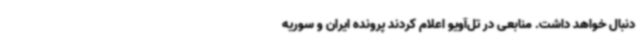
دنبال خواهد داشت. منابعی در تل‌آویو اعلام کردند پرونده ایران و سوریه